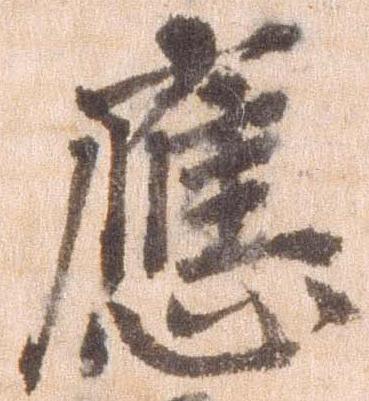
応